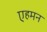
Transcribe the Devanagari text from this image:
एहमन